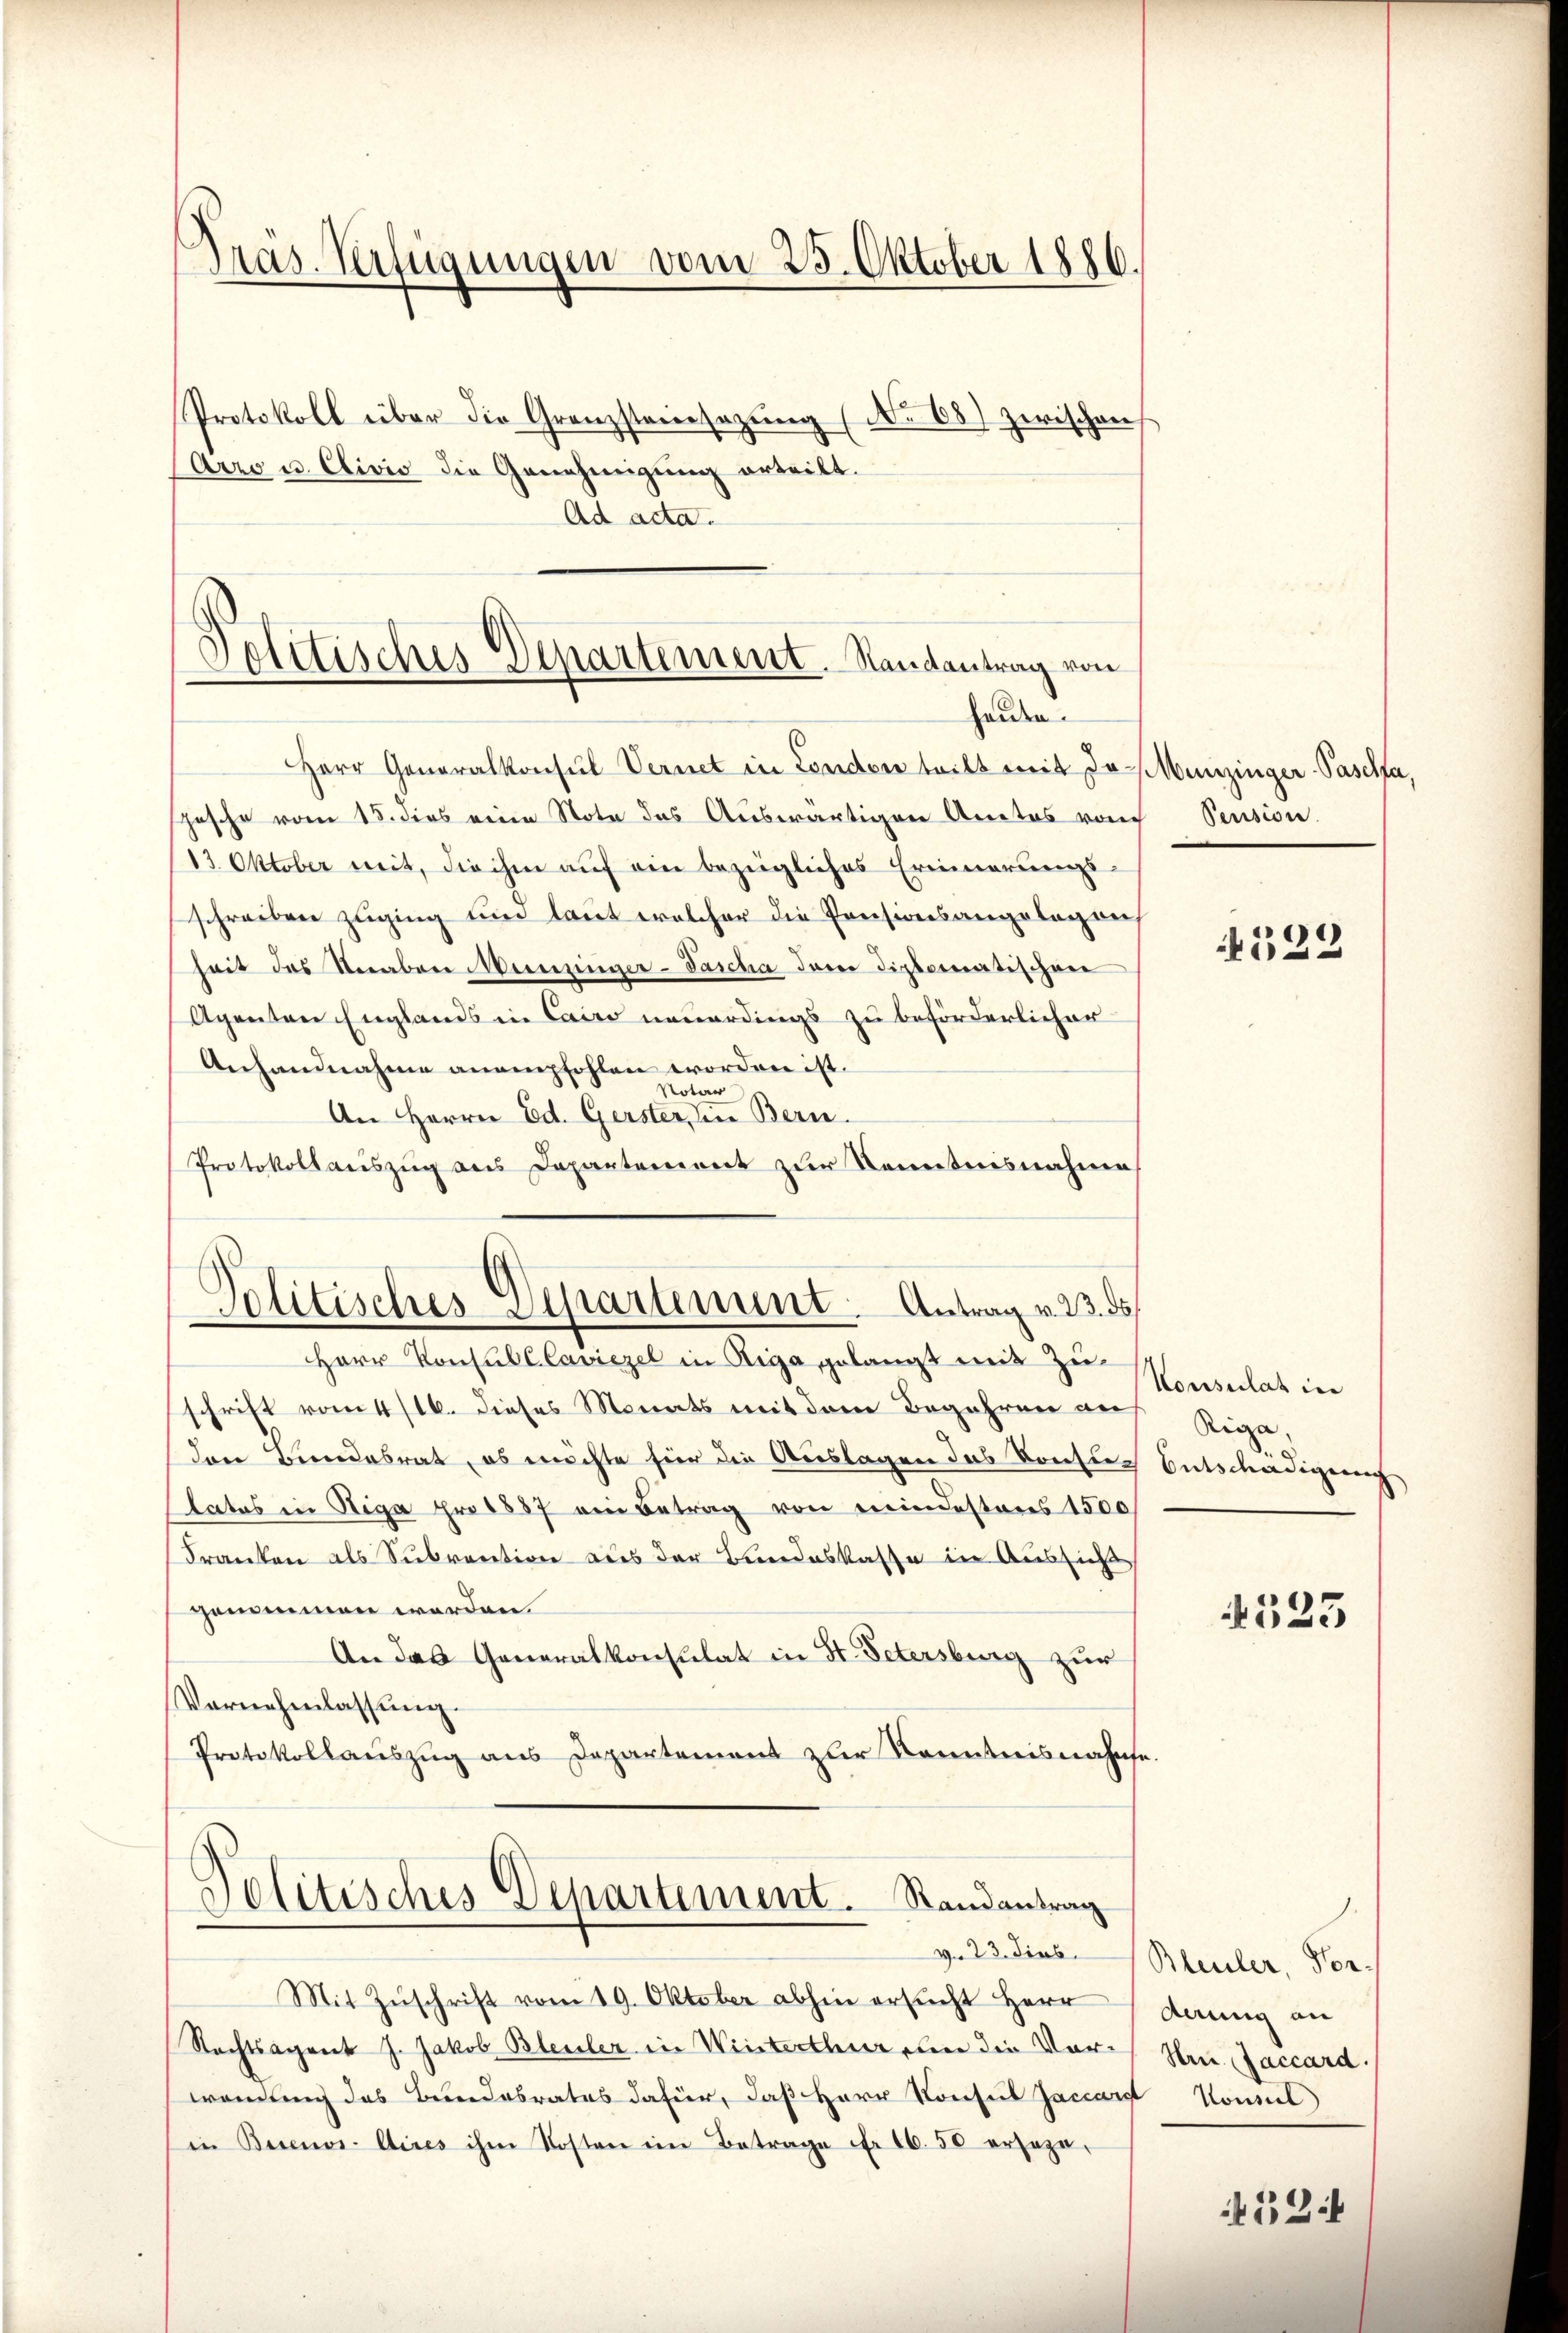
Präs. Verfügungen vom 25. Oktober 1886.
Protokoll über die Granzsteinsazŭng (No 68) zwischen
Arro u. Clivio die Genehmigung erteilt.
Ad acta.

Politisches Departement. Randantrag von
hause.

Herr Generalkonsul Vernet in London teilt mit da Munzinger-Paselsa,
hasche vom 15. dies eine Note das Auswärtigen Anatos von Pension
(13. Oktober mit, die ihm auf ein bezügliches Erinnerungs-
schreiben zuging und laut welcher die Preisionsangelegens
heit das Veraber Meisezinger-Tascha dem diplomatischen
Agenten Englands in Cairo neuerdings zu beförderlicher
Anhandnahme anempfohlen worden ist.
Notar
An Herrn Ed. Gerster den Bern.
Protokollauszug aus Depanteniret zur Kenntnisnahme

Politisches Departenunt. Antrag v. 23. ds
Herr Konsuls Caviezel in Riga gelangt mit Zu¬

schrift vom 4/16. dieses Monats mit dem Begehren an
den Bundesrat, es möchte für die Auslagen das Konsutates in Riga pro 1887 ein Betrag von mindestens 1500
Franken als Subvention aus der Bundeskasse in Aussicht
genommen werden.
An das Generalkonsulat in St. Petersburg zur
Vernehmlassung.
Protokollauszug aus Departement zur Kenntnisnahmse
Politisches Departement. Randantrag
Mit Zŭschrift vom 19. Oktober abhin ersucht Herr
Rechtsagent J. Jakob Bleuler in Winterthurn die Vorwendung des Bundesrates dafür, daß Herr Konsul Jaccarst Konsil
in Buenos-Aires ihm Kosten im Betrage Fr. 1650 erseza¬

4523

Konsulat inn
Riga
Entschädigung

523

v. 23. dies. Bleuler, Vordeung an
Hrn. Jaccard.

52